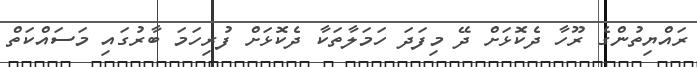
ރައްޔިތުންގެ ރޫހާ ދެކޮޅަށް ދޭ މިފަދަ ހަމަލާތަކާ ދެކޮޅަށް ފުރިހަމަ ބާރުގައި މަސައްކަތް